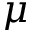
\mu